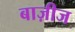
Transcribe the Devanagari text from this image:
बाज़ीज